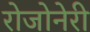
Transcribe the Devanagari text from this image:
रोजोनेरी